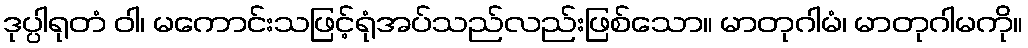
ဒုပ္ပါရုတံ ဝါ၊ မကောင်းသဖြင့်ရုံအပ်သည်လည်းဖြစ်သော။ မာတုဂါမံ၊ မာတုဂါမကို။